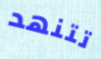
تتنهد